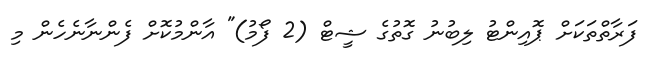
ފަރާތްތަކަށް ޕޮއިންޓު ލިބުނު ގޮތުގެ ޝީޓް (2 ފޯމު)" އާންމުކޮށް ފެންނާނެހެން މި